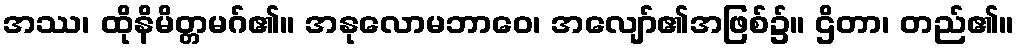
အဿ၊ ထိုနိမိတ္တမဂ်၏။ အနုလောမဘာဝေ၊ အလျော်၏အဖြစ်၌။ ဌိတာ၊ တည်၏။